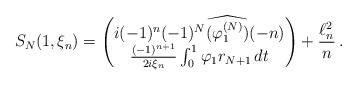
LaTeX: \begin{align*}S_N(1,\xi_n)= \begin{pmatrix}i (-1)^{n}(-1)^N \widehat{(\varphi_1^{(N)})}(-n)\\\frac{(-1)^{n+1}}{2i\xi_n}\int_0^1\varphi_1 r_{N+1}\,dt \end{pmatrix}+\frac{\ell^2_n}{n}\,.\end{align*}